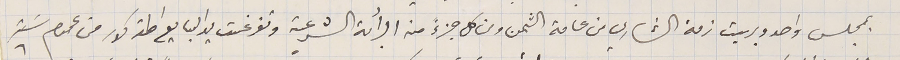
بمجلس واحد وبريت ذمة الشاري من عامة الثمن ومن كل جزءً من البرائة الشرعية وتفرغت يد البايع المذكور من عموم سَته